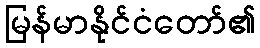
မြန်မာနိုင်ငံတော်၏